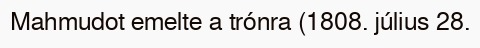
Mahmudot emelte a trónra (1808. július 28.